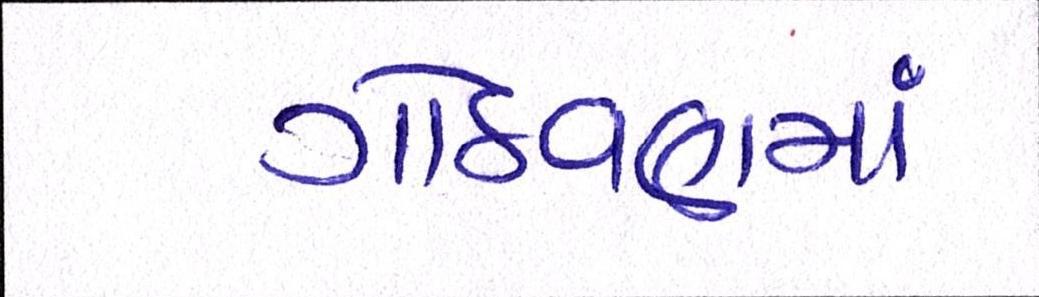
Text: ગોઠવણમાં